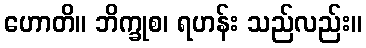
ဟောတိ။ ဘိက္ခုစ၊ ရဟန်း သည်လည်း။